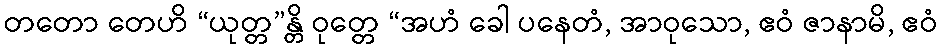
တတော တေဟိ “ယုတ္တ”န္တိ ဝုတ္တေ “အဟံ ခေါ ပနေတံ, အာဝုသော, ဧဝံ ဇာနာမိ, ဧဝံ